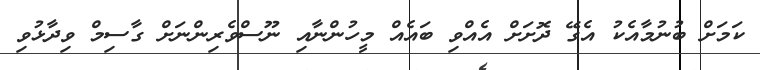
ކަމަށް ބުނުމާއެކު އެގޭ ދޮށަށް އެއްވި ބައެއް މީހުންނާއި ނޫސްވެރިންނަށް ގާސިމް ވިދާޅުވި